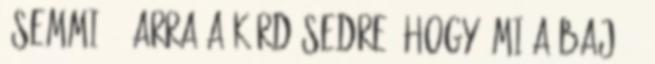
"Semmi" - arra a kérdésedre, hogy "Mi a baj?",